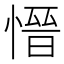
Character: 𪬕